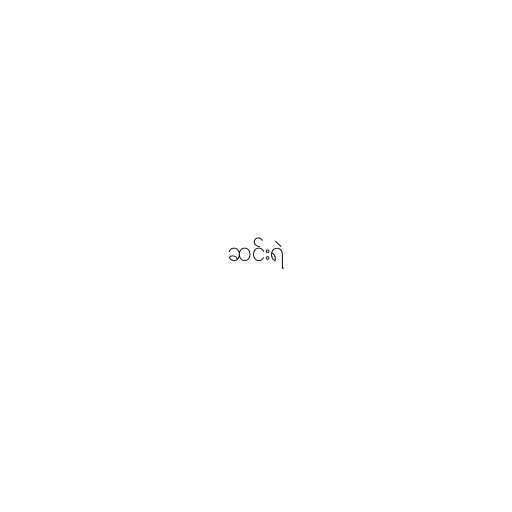
ဆင်းရဲ